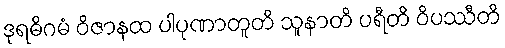
ဒုရဓိဂမံ ဝိဇာနထ ပါပုဏာတူတိ သူနာတိ ပရီတိ ဝိပဿီတိ